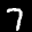
Label: 7